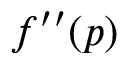
f ^ { \prime \prime } ( p )